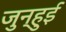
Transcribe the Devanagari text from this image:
जुन्हुई